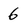
Character: 6